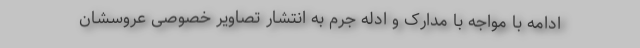
ادامه با مواجه با مدارک و ادله جرم به انتشار تصاویر خصوصی عروسشان